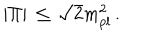
| \Pi | \, \leq \, \sqrt { 2 } m _ { p l } ^ { 2 } \, .